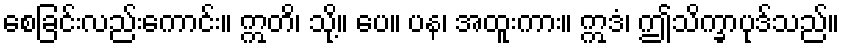
စေခြင်းလည်းကောင်း။ ဣတိ၊ သို့။ ပေ။ ပန၊ အထူးကား။ ဣဒံ၊ ဤသိက္ခာပုဒ်သည်။